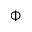
\Phi